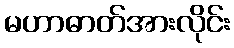
မဟာဓာတ်အားလိုင်း